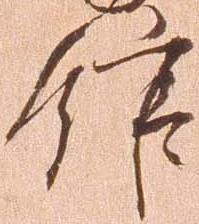
舘